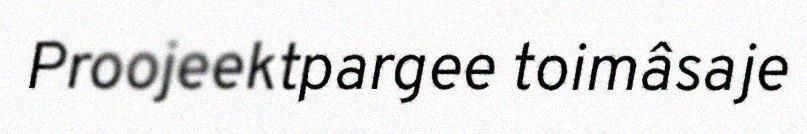
Proojeektpargee toimâsaje